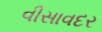
વીસાવદર